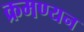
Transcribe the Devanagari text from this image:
क्रमण्यन